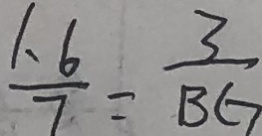
\frac { 1 . 6 } { 7 } = \frac { 3 } { B G }